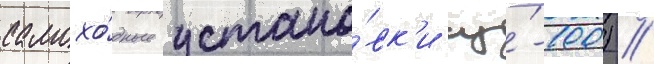
самохо́дные устано́вк'и су́-100) //